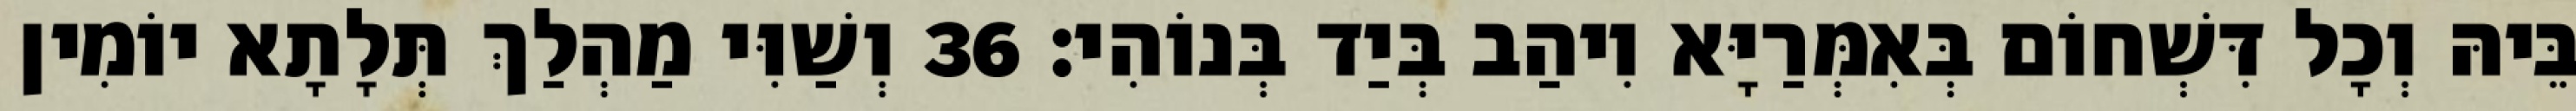
בֵּיהּ וְכָל דִּשְׁחוֹם בְּאִמְּרַיָּא וִיהַב בְּיַד בְּנוֹהִי׃ 36 וְשַׁוִּי מַהְלַךְ תְּלָתָא יוֹמִין